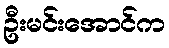
ဦးမင်းအောင်က